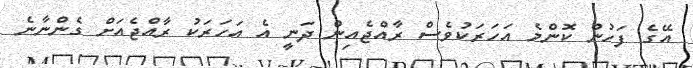
އޭގެ ފަހުން ކޮންމެ އަހަރަކުވެސް ރާއްޖެއިން ދަނީ އެ އަހަރަކު ރާއްޖެއަށް ގެންނާނެ